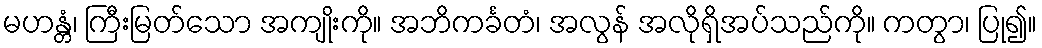
မဟန္တံ၊ ကြီးမြတ်သော အကျိုးကို။ အဘိကင်္ခတံ၊ အလွန် အလိုရှိအပ်သည်ကို။ ကတွာ၊ ပြု၍။